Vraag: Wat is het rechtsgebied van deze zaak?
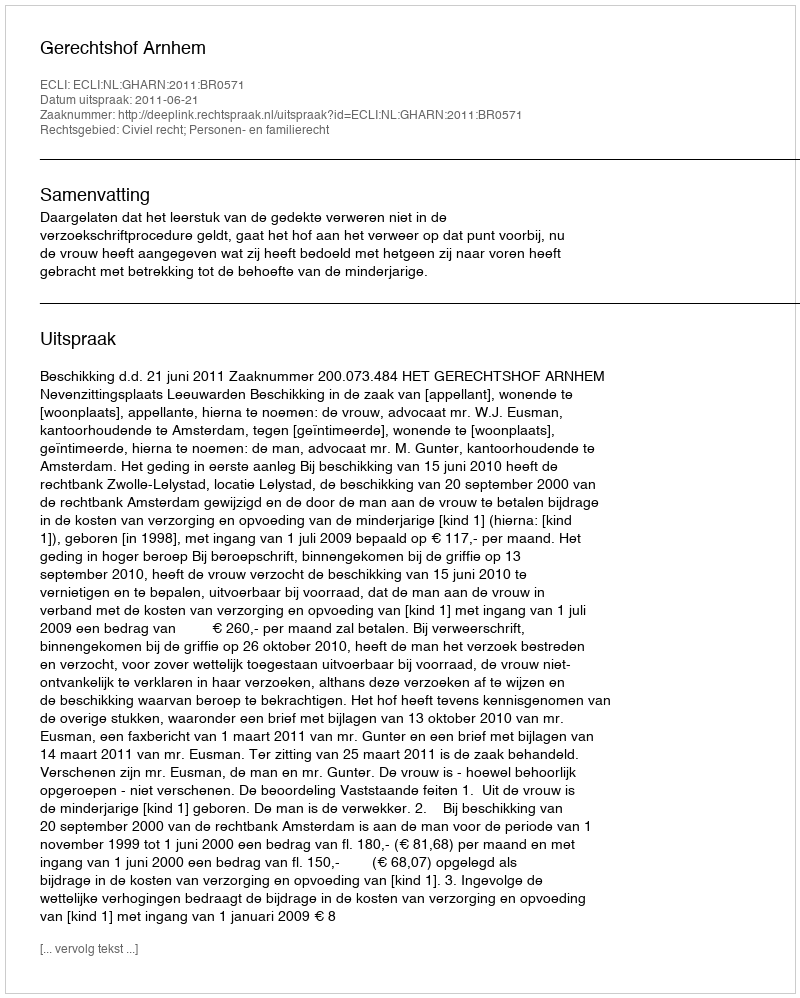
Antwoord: Civiel recht; Personen- en familierecht